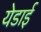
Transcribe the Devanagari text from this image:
येडाई